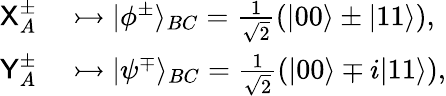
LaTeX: \begin{array}{rl}{\textsf{X}_{A}^{\pm}}&{{}\rightarrowtail\vert\phi^{\pm}\rangle_{BC}=\frac{1}{\sqrt{2}}(\vert 00\rangle\pm\vert 11\rangle),}\\ {\textsf{Y}_{A}^{\pm}}&{{}\rightarrowtail\vert\psi^{\mp}\rangle_{BC}=\frac{1}{\sqrt{2}}(\vert 00\rangle\mp i\vert 11\rangle),}\end{array}